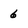
Character: 6